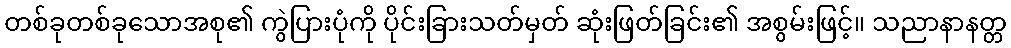
တစ်ခုတစ်ခုသောအစု၏ ကွဲပြားပုံကို ပိုင်းခြားသတ်မှတ် ဆုံးဖြတ်ခြင်း၏ အစွမ်းဖြင့်။ သညာနာနတ္တ